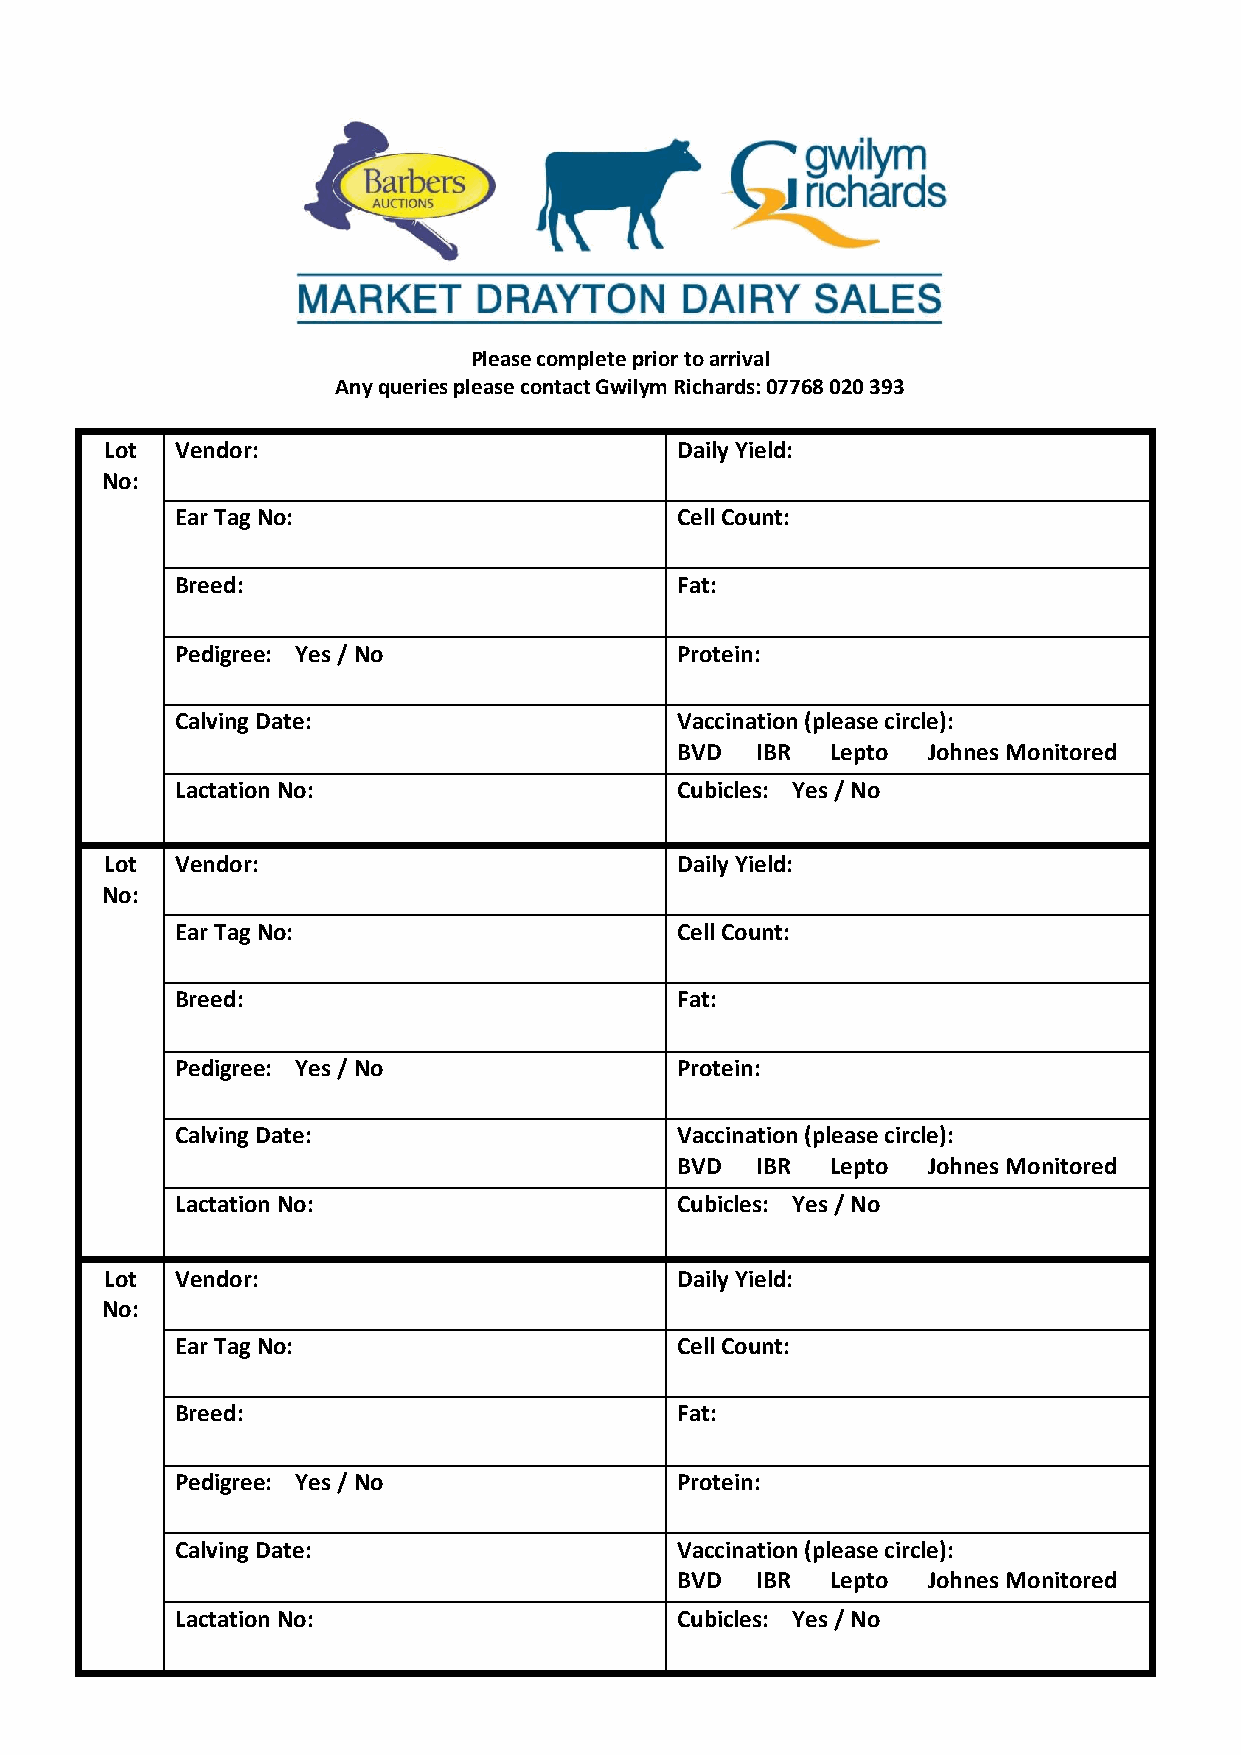
Please complete prior to arrival
 Any queries please contact Gwilym Richards: 07768 020 393
 Lot  Vendor:                          Daily Yield:
 No:
 Ear Tag No:                      Cell Count:
 Breed:                           Fat:
 Pedigree: Yes / No               Protein:
 Calving Date:                    Vaccination (please circle):
 BVD  IBR  Lepto Johnes Monitored
 Lactation No:                    Cubicles: Yes / No
 Lot  Vendor:                          Daily Yield:
 No:
 Ear Tag No:                      Cell Count:
 Breed:                           Fat:
 Pedigree: Yes / No               Protein:
 Calving Date:                    Vaccination (please circle):
 BVD  IBR  Lepto Johnes Monitored
 Lactation No:                    Cubicles: Yes / No
 Lot  Vendor:                          Daily Yield:
 No:
 Ear Tag No:                      Cell Count:
 Breed:                           Fat:
 Pedigree: Yes / No               Protein:
 Calving Date:                    Vaccination (please circle):
 BVD  IBR  Lepto Johnes Monitored
 Lactation No:                    Cubicles: Yes / No